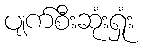
ပျက်စီးဆုံးရှုံး